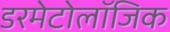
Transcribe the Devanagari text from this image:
डरमेटोलॉजिक